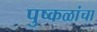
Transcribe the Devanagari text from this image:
पुष्कळांचा